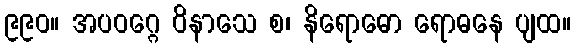
၉၉၀။ အပဝဂ္ဂေ ဝိနာသေ စ၊ နိရောဓော ရောဓနေ ပျထ။